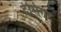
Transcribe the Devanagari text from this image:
देसिगर